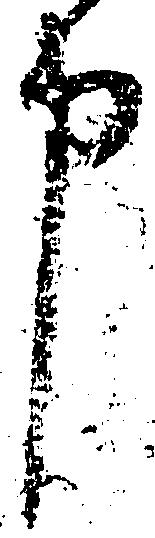
申